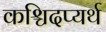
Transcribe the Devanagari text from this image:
कश्चिदप्यर्थ